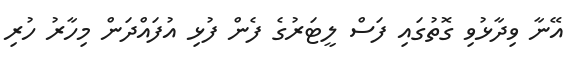
އޭނާ ވިދާޅުވި ގޮތުގައި ފަސް ލީޓަރުގެ ފެން ފުޅި އުފައްދަން މިހާރު ހުރި